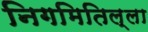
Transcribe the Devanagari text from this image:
निगमितिल्ला